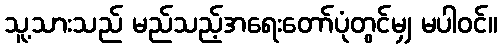
သူ့သားသည် မည်သည့်အရေးတော်ပုံတွင်မျှ မပါဝင်။